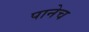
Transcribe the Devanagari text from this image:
पानेच